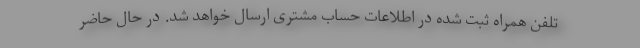
تلفن همراه ثبت شده در اطلاعات حساب مشتری ارسال خواهد شد. در حال حاضر